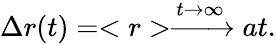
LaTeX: \Delta r(t)=<r>\xrightarrow{t\rightarrow\infty}at.